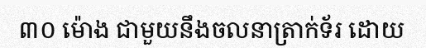
៣០ ម៉ោង ជាមួយនឹងចលនាត្រាក់ទ័រ ដោយ